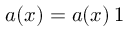
\boldsymbol a ( \boldsymbol x ) = a ( \boldsymbol x ) \, \boldsymbol 1